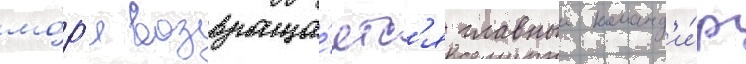
мо́р'я возвраща́етс'я главныи команд'и́р